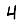
Digit: 4